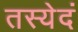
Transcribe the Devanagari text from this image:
तस्येदं